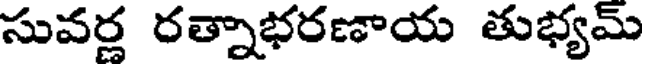
సువర్ల రత్నాభరణాయ తుభ్యమ్